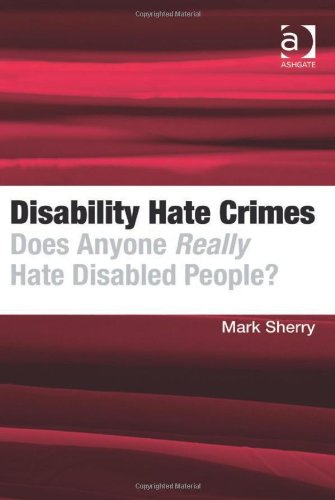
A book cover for Disability Hate Crimes; Mark Sherry; Law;